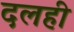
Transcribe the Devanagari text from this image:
दलही